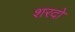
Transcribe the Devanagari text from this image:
शरदो